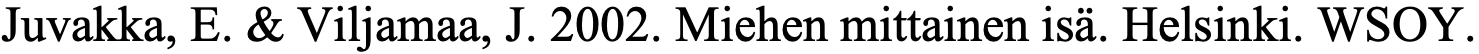
Juvakka, E. & Viljamaa, J. 2002. Miehen mittainen isä. Helsinki. WSOY.